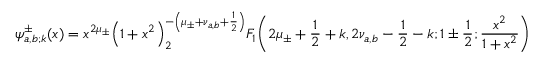
\psi _ { a , b ; \mathscr { k } } ^ { \pm } ( x ) = x ^ { 2 \mu _ { \pm } } { \left( 1 + x ^ { 2 } \right) } ^ { - \left( \mu _ { \pm } + \nu _ { a , b } + \frac { 1 } { 2 } \right) } _ { 2 } F _ { 1 } \! \left( 2 \mu _ { \pm } + \frac { 1 } { 2 } + \mathscr { k } , 2 \nu _ { a , b } - \frac { 1 } { 2 } - \mathscr { k } ; 1 \pm \frac { 1 } { 2 } ; \frac { x ^ { 2 } } { 1 + x ^ { 2 } } \right)